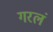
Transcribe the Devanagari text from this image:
गरलं